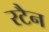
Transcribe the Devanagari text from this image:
रटैन